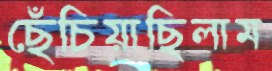
ছেঁচিয়াছিলাম